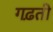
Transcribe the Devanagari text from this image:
गढ़ती